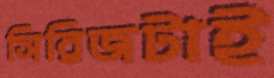
সিরিজটাই